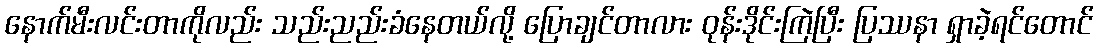
နောက်မီးလင်းတာကိုလည်း သည်းညည်းခံနေတယ်လို့ ပြောချင်တာလား ဝုန်းဒိုင်းကြဲပြီး ပြဿနာ ရှာခဲ့ရင်တောင်